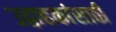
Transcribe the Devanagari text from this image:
उद्वाहकांसाठी